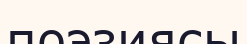
поэзиясы